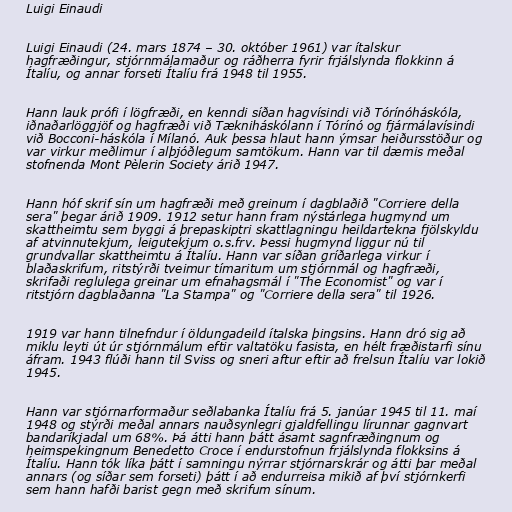
Luigi Einaudi

Luigi Einaudi (24. mars 1874 – 30. október 1961) var ítalskur
hagfræðingur, stjórnmálamaður og ráðherra fyrir frjálslynda flokkinn á
Ítalíu, og annar forseti Ítalíu frá 1948 til 1955.

Hann lauk prófi í lögfræði, en kenndi síðan hagvísindi við Tórínóháskóla,
iðnaðarlöggjöf og hagfræði við Tækniháskólann í Tórínó og fjármálavísindi
við Bocconi-háskóla í Mílanó. Auk þessa hlaut hann ýmsar heiðursstöður og
var virkur meðlimur í alþjóðlegum samtökum. Hann var til dæmis meðal
stofnenda Mont Pèlerin Society árið 1947.

Hann hóf skrif sín um hagfræði með greinum í dagblaðið "Corriere della
sera" þegar árið 1909. 1912 setur hann fram nýstárlega hugmynd um
skattheimtu sem byggi á þrepaskiptri skattlagningu heildartekna fjölskyldu
af atvinnutekjum, leigutekjum o.s.frv. Þessi hugmynd liggur nú til
grundvallar skattheimtu á Ítalíu. Hann var síðan gríðarlega virkur í
blaðaskrifum, ritstýrði tveimur tímaritum um stjórnmál og hagfræði,
skrifaði reglulega greinar um efnahagsmál í "The Economist" og var í
ritstjórn dagblaðanna "La Stampa" og "Corriere della sera" til 1926.

1919 var hann tilnefndur í öldungadeild ítalska þingsins. Hann dró sig að
miklu leyti út úr stjórnmálum eftir valtatöku fasista, en hélt fræðistarfi sínu
áfram. 1943 flúði hann til Sviss og sneri aftur eftir að frelsun Ítalíu var lokið
1945.

Hann var stjórnarformaður seðlabanka Ítalíu frá 5. janúar 1945 til 11. maí
1948 og stýrði meðal annars nauðsynlegri gjaldfellingu lírunnar gagnvart
bandaríkjadal um 68%. Þá átti hann þátt ásamt sagnfræðingnum og
heimspekingnum Benedetto Croce í endurstofnun frjálslynda flokksins á
Ítalíu. Hann tók líka þátt í samningu nýrrar stjórnarskrár og átti þar meðal
annars (og síðar sem forseti) þátt í að endurreisa mikið af því stjórnkerfi
sem hann hafði barist gegn með skrifum sínum.